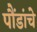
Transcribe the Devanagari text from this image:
पौंडांचे